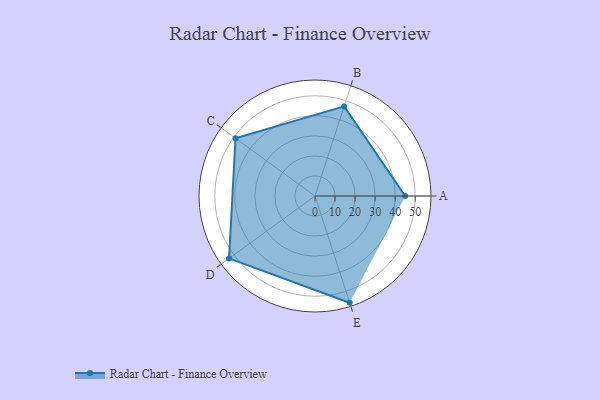
{"axis": {"x": "Skill", "y": "Score"}, "legend": ["Profile"], "data": [{"x": "A", "y": 45.0, "type": "Profile"}, {"x": "B", "y": 47.0, "type": "Profile"}, {"x": "C", "y": 49.0, "type": "Profile"}, {"x": "D", "y": 53.0, "type": "Profile"}, {"x": "E", "y": 56.0, "type": "Profile"}]}